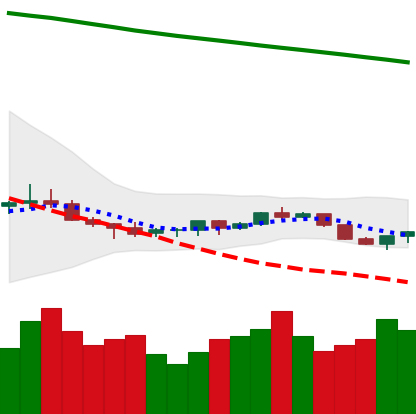
Ticker: ETC-USD
Chart end date: 2022-07-14
Forward return: 72.621%
Label: up_7plus